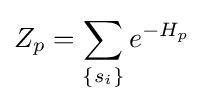
Z_{p}=\sum _{\{s_{i}\}}e^{-H_{p}}